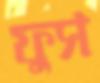
ফুস